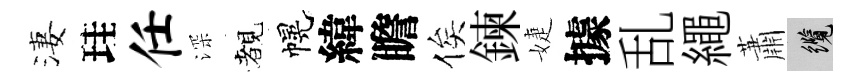
淒珪任深覩幌緯瞻俟鍊婕據乱繩蕭纜